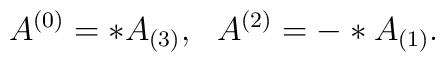
A^{(0)}= *  A_{(3)},~~A^{(2)}= - *  A_{(1)}.